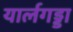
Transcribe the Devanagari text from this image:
यार्लगड्डा